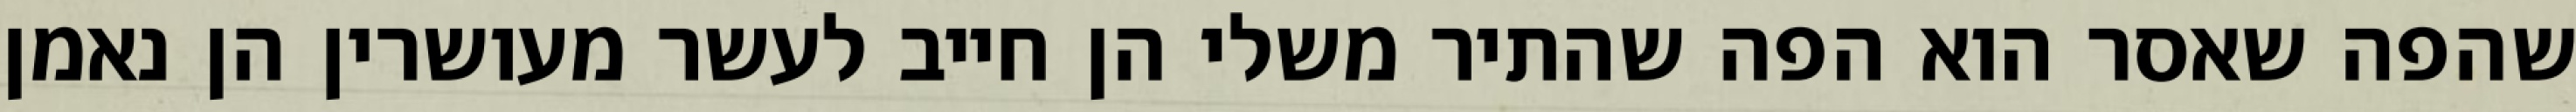
שהפה שאסר הוא הפה שהתיר משלי הן חייב לעשר מעושרין הן נאמן